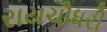
રાયચૌધરી